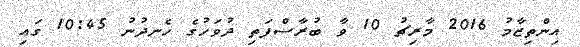
އިންތިޒާމު 2016 މާރިޗު 10 ވާ ބުރާސްފަތި ދުވަހުގެ ހެނދުނު 10:45 ގައި